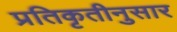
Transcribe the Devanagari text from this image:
प्रतिकृतीनुसार